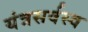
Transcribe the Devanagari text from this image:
यंत्रसर्वस्व